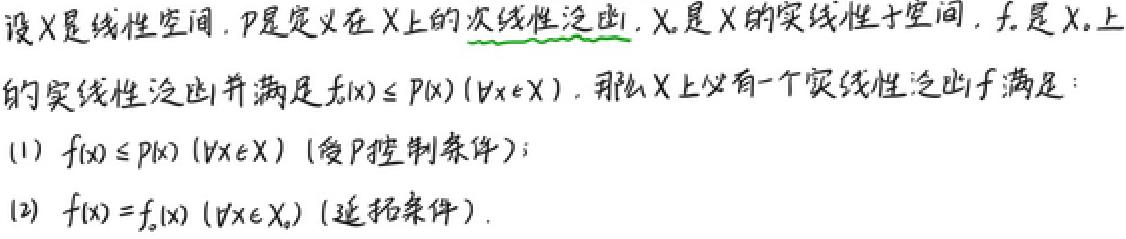
设$X$是线性空间，$p$是定义在$X$上的次线性泛函，$X_0$是$X$的实线性子空间，$f_0$是$X_0$上的实线性泛函并满足$f_0(x)\leq p(x)(\forall x\in X_0)$。那么$X$上仅有一个实线性泛函$f$满足：
(1) $f(x)\leq p(x)(\forall x\in X)$（受$p$控制条件）；
(2) $f(x)=f_0(x)(\forall x\in X_0)$（延拓条件）。